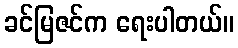
ခင်မြဇင်က ရေးပါတယ်။